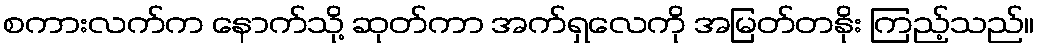
စကားလက်က နောက်သို့ ဆုတ်ကာ အက်ရှလေကို အမြတ်တနိုး ကြည့်သည်။